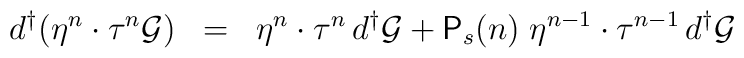
{d^{\dagger}} ( \eta^n \cdot \tau^n {\cal{G}} ) \;\; = \;\; \eta^n \cdot \tau^n \, {d^{\dagger}} {\cal{G}} + {\textsf{P}}_s (n) \; \eta^{n-1} \cdot \tau^{n-1} \, {d^{\dagger}} {\cal{G}}